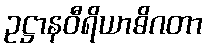
ဥဋ္ဌာနဝီရိယာဓိဂတာ